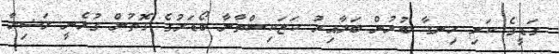
ގަޑީގެ ކަށި ހިނގާ ބުރުން ބަލާއިރު ކަޒަކިސްތާނާ ބޯޑަރުގެ ގޮތުން ގުޅެނީ ރަޝިޔާ